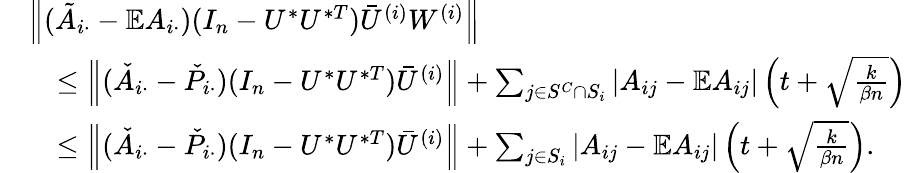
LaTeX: \begin{array}{rl}&{\left\| {(\tilde{A}_{i\cdot}-\mathbb{E}A_{i\cdot})(I_{n}-U^{*}U^{*T})\bar{U}^{(i)}W^{(i)}}\right\| }\\ &{\quad\leq\left\| {(\check{A}_{i\cdot}-\check{P}_{i\cdot})(I_{n}-U^{*}U^{*T})\bar{U}^{(i)}}\right\| +\sum_{j\in S^{C}\cap S_{i}}\left|A_{ij}-\mathbb{E}A_{ij}\right|\left(t+\sqrt{\frac{k}{\beta n}}\right)}\\ &{\quad\leq\left\| {(\check{A}_{i\cdot}-\check{P}_{i\cdot})(I_{n}-U^{*}U^{*T})\bar{U}^{(i)}}\right\| +\sum_{j\in S_{i}}\left|A_{ij}-\mathbb{E}A_{ij}\right|\left(t+\sqrt{\frac{k}{\beta n}}\right).}\end{array}